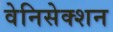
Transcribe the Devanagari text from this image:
वेनिसेक्शन